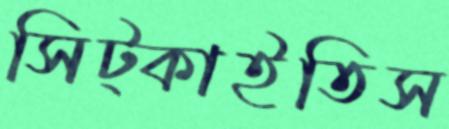
সিট্‌কাইতিস